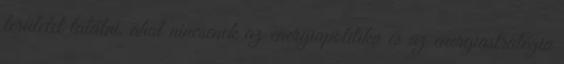
területet találni, ahol nincsenek az energiapolitika és az energiastratégia